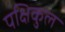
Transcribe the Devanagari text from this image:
पक्षिकुल